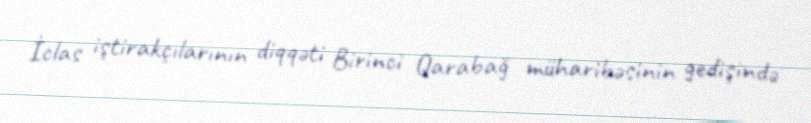
İclas iştirakçılarının diqqəti Birinci Qarabağ müharibəsinin gedişində